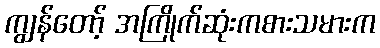
ကျွန်တော့် အကြိုက်ဆုံးကစားသမားက